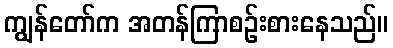
ကျွန်တော်က အတန်ကြာစဉ်းစားနေသည်။